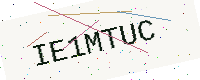
Text: IE1MTUC